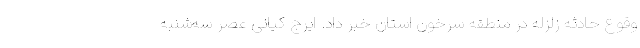
وقوع حادثه زلزله در منطقه سرخون استان خبر داد. ایرج کیانی عصر سه‌شنبه